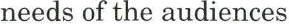
needs of the audiences